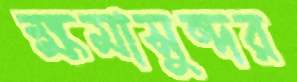
ক্ষমাসুন্দর